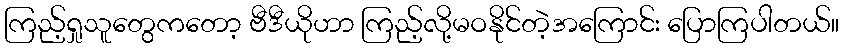
ကြည့်ရှုသူတွေကတော့ ဗီဒီယိုဟာ ကြည့်လို့မဝနိုင်တဲ့အကြောင်း ပြောကြပါတယ်။